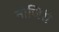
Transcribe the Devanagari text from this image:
नोजिरी